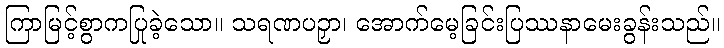
ကြာမြင့်စွာကပြုခဲ့သော။ သရဏပဉှာ၊ အောက်မေ့ခြင်းပြဿနာမေးခွန်းသည်။